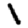
Digit: 1